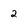
Character: 2